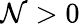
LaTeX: \mathcal{N}>0